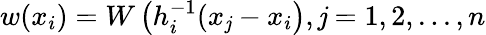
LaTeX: w(x_{i})=W\left(h_{i}^{-1}(x_{\mathit{j}}-x_{i}\right),\mathit{j}=1,2,...,n